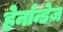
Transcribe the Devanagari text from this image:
हेर्नान्डेज़